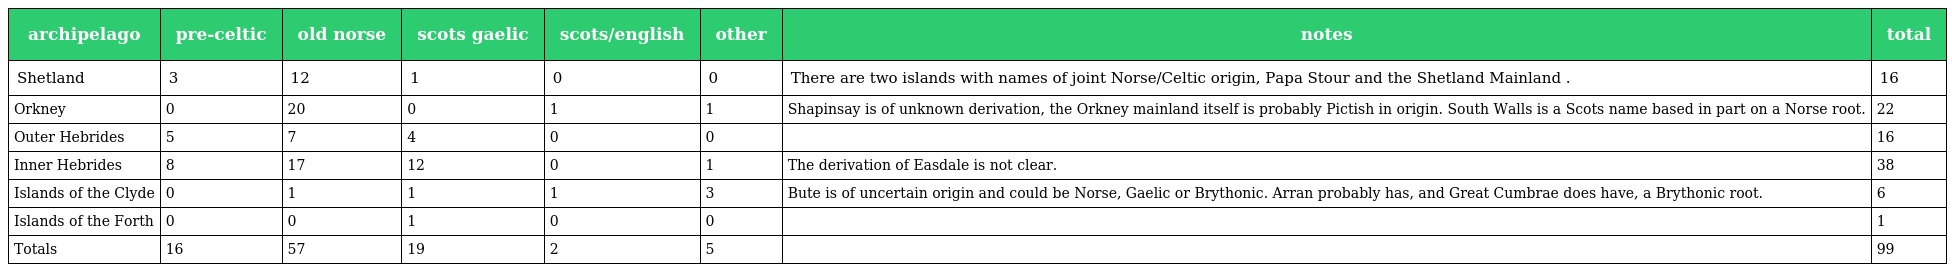
| archipelago | pre-celtic | old norse | scots gaelic | scots/english | other | notes | total |
 | --- | --- | --- | --- | --- | --- | --- | --- |
 | Shetland | 3 | 12 | 1 | 0 | 0 | There are two islands with names of joint Norse/Celtic origin, Papa Stour and the Shetland Mainland . | 16 |
 | Orkney | 0 | 20 | 0 | 1 | 1 | Shapinsay is of unknown derivation, the Orkney mainland itself is probably Pictish in origin. South Walls is a Scots name based in part on a Norse root. | 22 |
 | Outer Hebrides | 5 | 7 | 4 | 0 | 0 |  | 16 |
 | Inner Hebrides | 8 | 17 | 12 | 0 | 1 | The derivation of Easdale is not clear. | 38 |
 | Islands of the Clyde | 0 | 1 | 1 | 1 | 3 | Bute is of uncertain origin and could be Norse, Gaelic or Brythonic. Arran probably has, and Great Cumbrae does have, a Brythonic root. | 6 |
 | Islands of the Forth | 0 | 0 | 1 | 0 | 0 |  | 1 |
 | Totals | 16 | 57 | 19 | 2 | 5 |  | 99 |